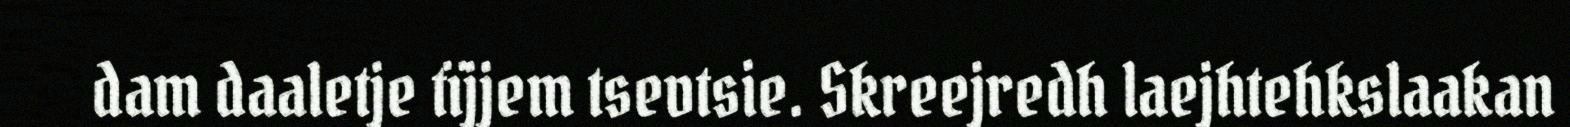
dam daaletje tïjjem tsevtsie. Skreejredh laejhtehkslaakan